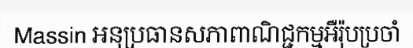
Massin អនុប្រធានសភាពាណិជ្ជកម្មអឺរ៉ុបប្រចាំ